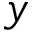
y